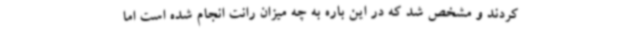
کردند و مشخص شد که در این باره به چه میزان رانت انجام شده است اما